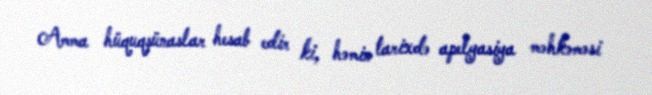
Amma hüquqşünaslar hesab edir ki, həmin tarixdə apelyasiya məhkəməsi